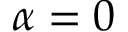
\alpha = 0